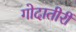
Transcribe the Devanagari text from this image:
गोदातीरीं